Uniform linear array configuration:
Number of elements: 8
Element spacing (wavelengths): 0.5
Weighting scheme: hann
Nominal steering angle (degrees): -60
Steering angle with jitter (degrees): -58.872
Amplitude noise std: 0.05
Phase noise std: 0.05

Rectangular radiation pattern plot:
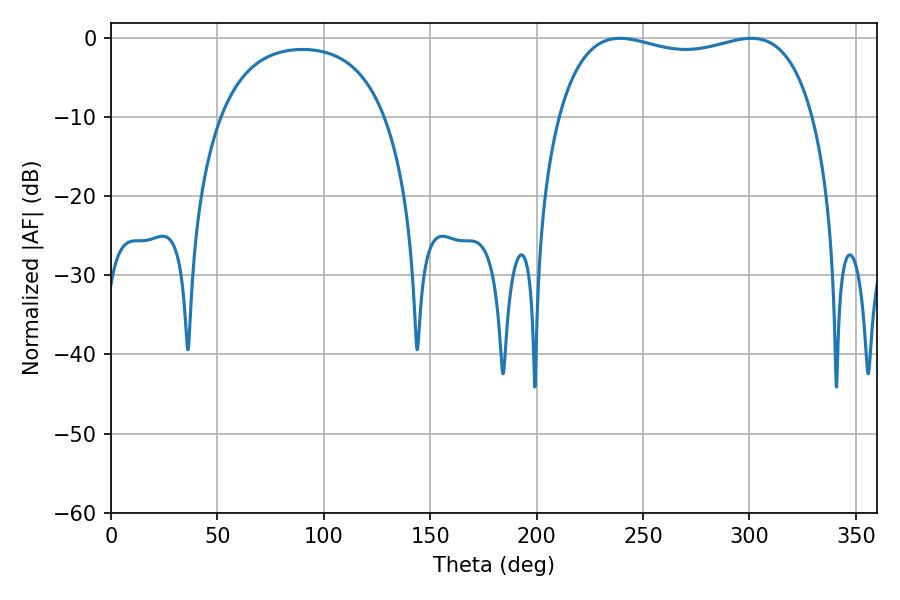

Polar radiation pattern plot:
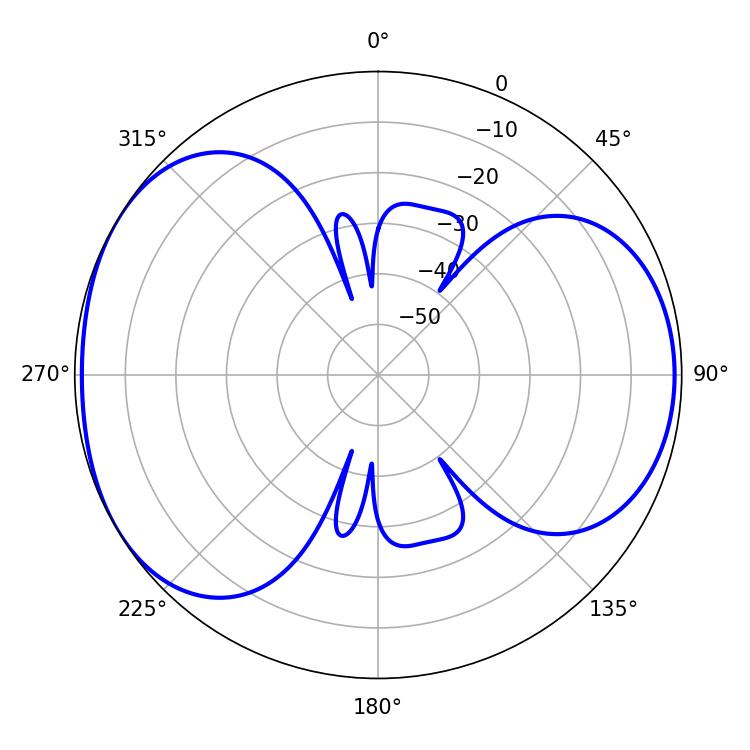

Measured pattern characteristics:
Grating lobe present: FALSE
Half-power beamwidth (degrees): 97.92
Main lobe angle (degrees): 239.22